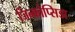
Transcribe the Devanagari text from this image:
जिन्कोप्सिडा